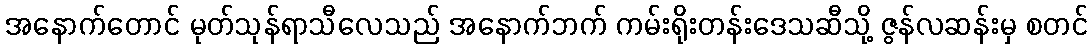
အနောက်တောင် မုတ်သုန်ရာသီလေသည် အနောက်ဘက် ကမ်းရိုးတန်းဒေသဆီသို့ ဇွန်လဆန်းမှ စတင်